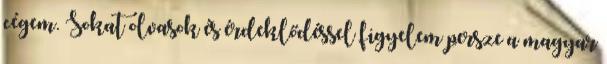
cégem. Sokat olvasok és érdeklődéssel figyelem persze a magyar